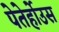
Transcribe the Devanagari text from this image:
पेतेर्होउस